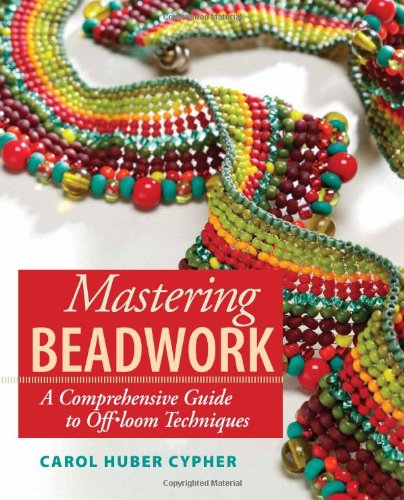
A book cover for Mastering Beadwork; Carol Cypher; Crafts, Hobbies & Home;